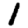
Digit: 1